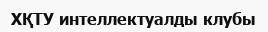
ХҚТУ интеллектуалды клубы